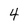
Character: 4